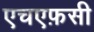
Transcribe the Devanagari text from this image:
एचएफ़सी